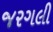
જરગલી